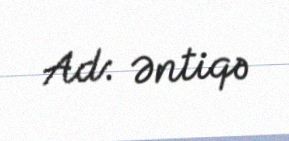
Ad: Əntiqə